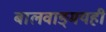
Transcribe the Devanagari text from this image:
बालवाङ्‌मयही